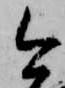
今